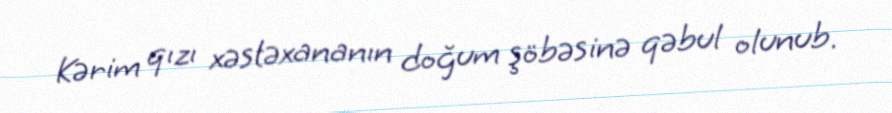
Kərim qızı xəstəxananın doğum şöbəsinə qəbul olunub.